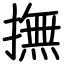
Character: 撫